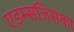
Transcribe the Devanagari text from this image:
एडम्सजिसका